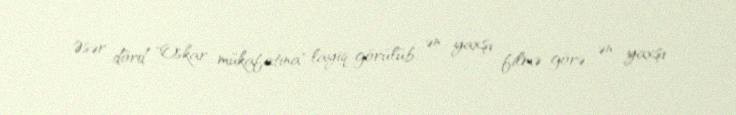
Əsər dörd "Oskar mükafatına" layiq görülüb: ən yaxşı filmə görə, ən yaxşı